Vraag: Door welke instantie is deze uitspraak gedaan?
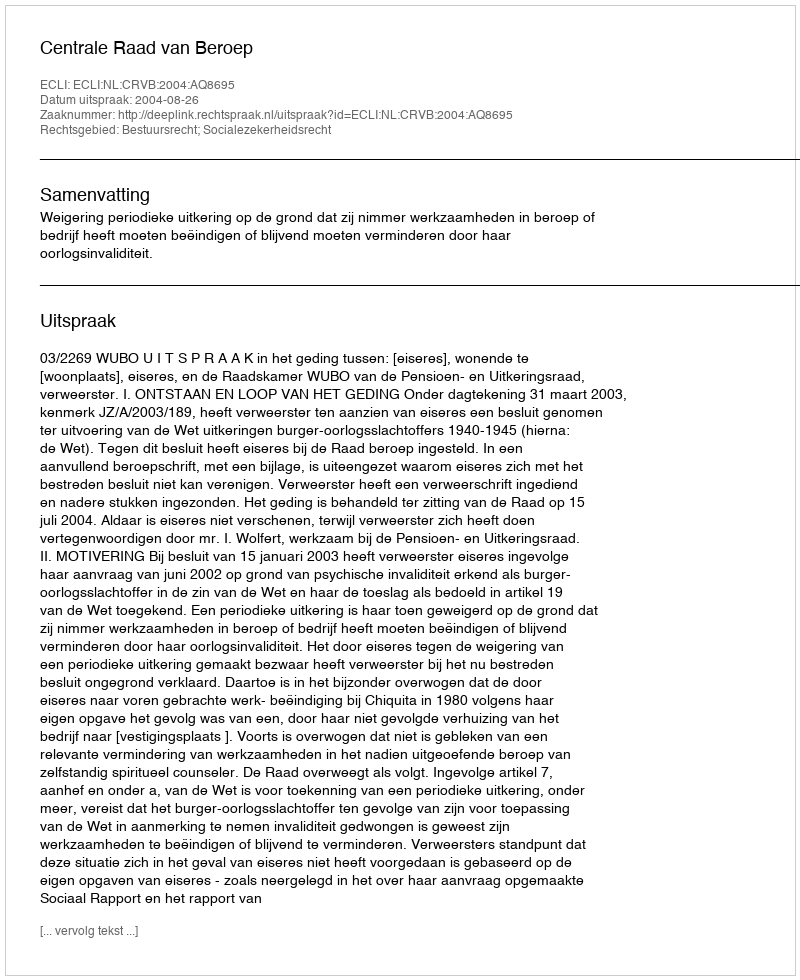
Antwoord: Centrale Raad van Beroep